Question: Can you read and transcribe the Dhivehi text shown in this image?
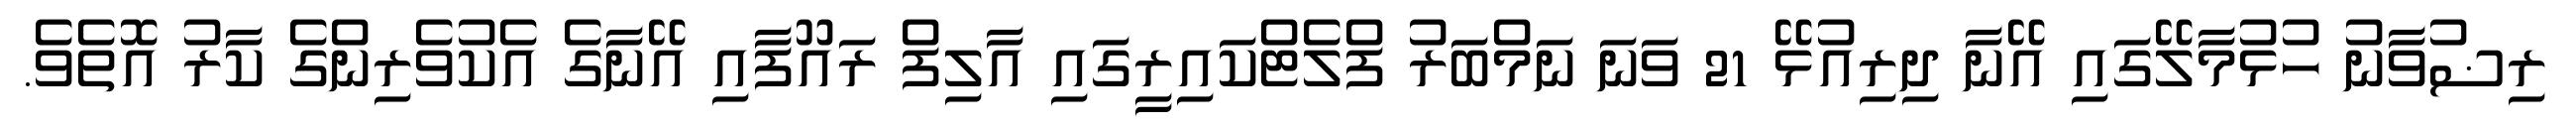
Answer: ރިޟުވާނު ހުޅުމާލޭގައި އޭނާ ދިރިއުޅޭ 21 ވަނަ ނަމްބަރު ފްލެޓްކައިރީގައި އާލިފް ރައޫފާއި އޭނާގެ އެކުވެރިންގެ ކާރު އޮތެވެ.